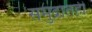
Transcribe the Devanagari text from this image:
समुद्रातही